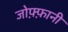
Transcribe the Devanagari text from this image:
जोफ़्फ़ानी